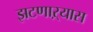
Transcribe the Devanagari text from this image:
झटणाऱ्यास